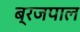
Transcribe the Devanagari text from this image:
ब्रजपाल